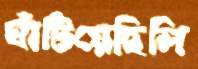
ঘাঁটিয়েছিলি